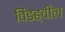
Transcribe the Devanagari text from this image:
विंडह्वील